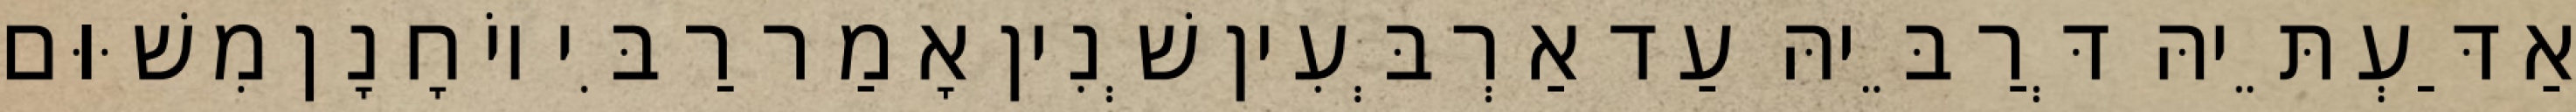
אַדַּעְתֵּיהּ דְּרַבֵּיהּ עַד אַרְבְּעִין שְׁנִין אָמַר רַבִּי יוֹחָנָן מִשּׁוּם